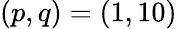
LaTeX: (p,q)=(1,10)